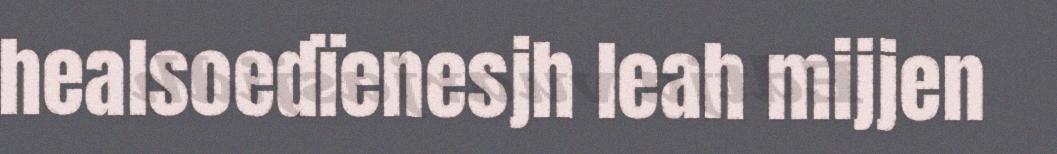
healsoedïenesjh leah mijjen